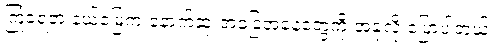
ကြုံခဲ့ရတဲ့ နယ်မြေက နောက်ဆုံးအခြေအနေတွေကို အခုလို ပြောပါတယ်။